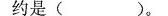
约是( )。